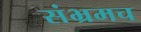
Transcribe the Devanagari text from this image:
संभ्रमच